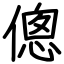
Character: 傯